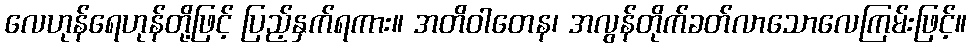
လေဟုန်ရေဟုန်တို့ဖြင့် ပြည့်နှက်ရကား။ အတိဝါတေန၊ အလွန်တိုက်ခတ်လာသောလေကြမ်းဖြင့်။